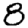
Digit: 8